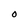
Character: O